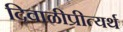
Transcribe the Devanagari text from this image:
दिवाळीप्रीत्यर्थ